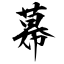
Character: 幕